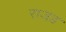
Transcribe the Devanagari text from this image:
राजड